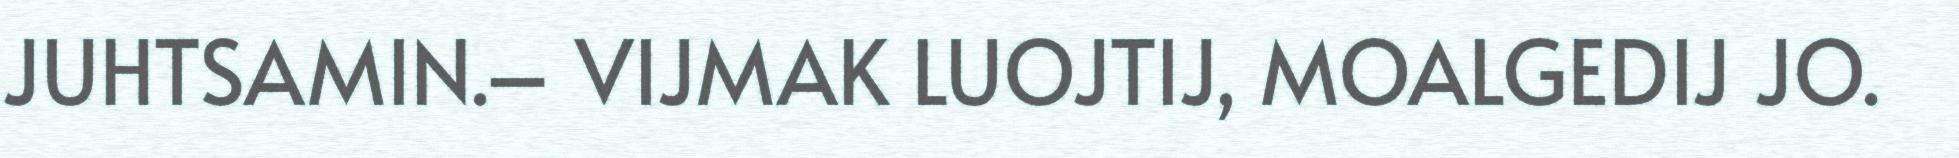
JUHTSAMIN.– VIJMAK LUOJTIJ, MOALGEDIJ JO.